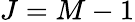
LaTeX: J=M-1